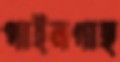
পাইনগাছ